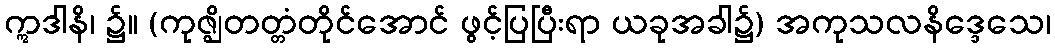
ဣဒါနိ၊ ၌။ (ကုဇ္ဈိတတ္တံတိုင်အောင် ဖွင့်ပြပြီးရာ ယခုအခါ၌) အကုသလနိဒ္ဒေသေ၊